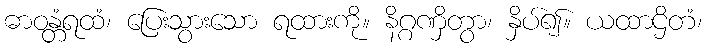
ဓာဝန္တံရထံ၊ ပြေးသွားသော ရထားကို။ နိဂ္ဂဏှိတွာ၊ နှိပ်၍။ ယထာဌိတံ၊